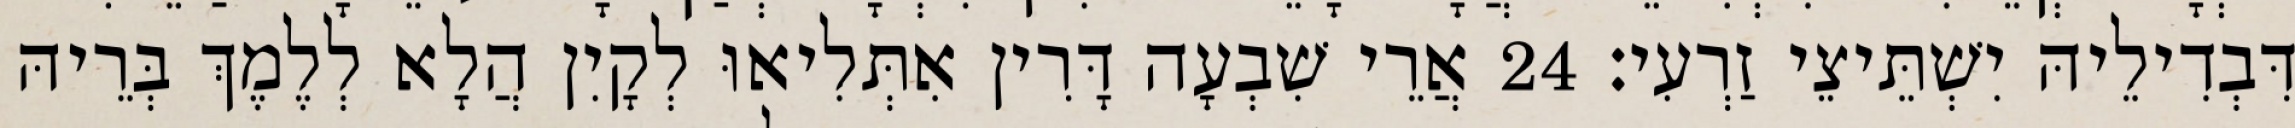
דִּבְדִילֵיהּ יִשְׁתֵּיצֵי זַרְעִי׃ 24 אֲרֵי שִׁבְעָה דָּרִין אִתְּלִיאוּ לְקָיִן הֲלָא לְלֶמֶךְ בְּרֵיהּ